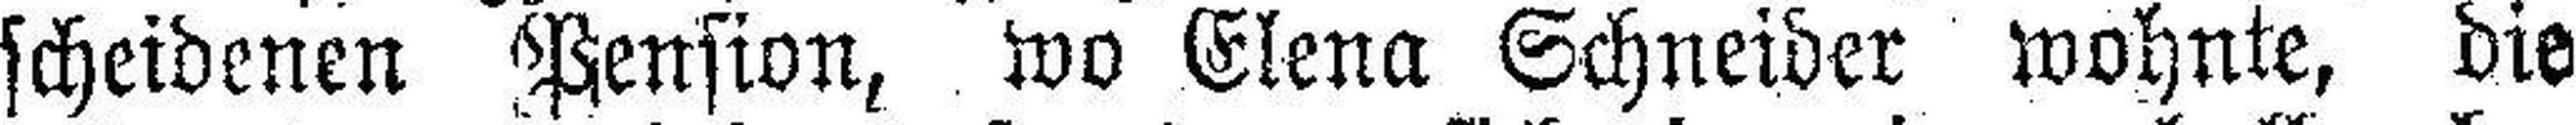
scheidenen Pension, wo Elena Schneider wohnte, die